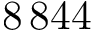
8 \, 8 4 4